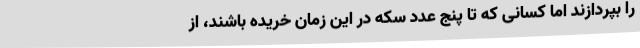
را بپردازند اما کسانی که تا پنج عدد سکه در این زمان خریده باشند، از